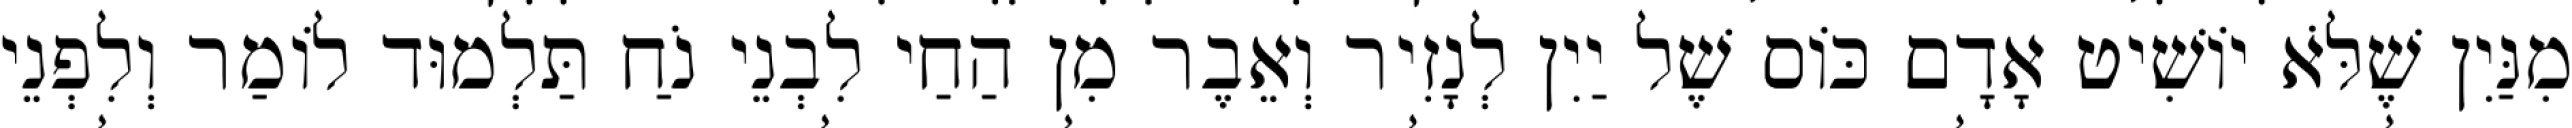
מִנַּיִן שֶׁלֹּא יוֹשִׁיט אָדָם כּוֹס שֶׁל יַיִן לְנָזִיר וְאֵבֶר מִן הַחַי לִבְנֵי נֹחַ תַּלְמוּד לוֹמַר וְלִפְנֵי